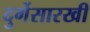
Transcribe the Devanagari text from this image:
दुर्गेसारखी